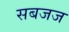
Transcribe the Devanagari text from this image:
सबजज